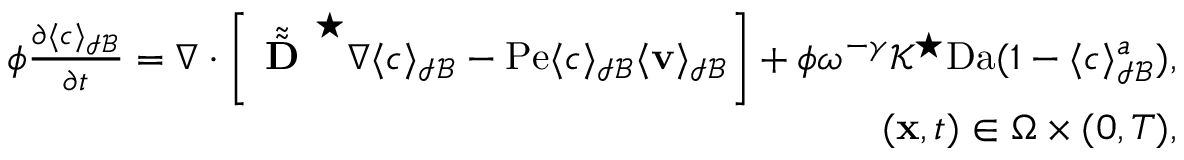
\begin{array} { r } { \phi \frac { \partial \langle c \rangle _ { \mathcal { I B } } } { \partial t } = \nabla \cdot \left[ \tilde { \tilde { \textbf { D } } } ^ { \star } \nabla \langle c \rangle _ { \mathcal { I B } } - \mathrm { P e } \langle c \rangle _ { \mathcal { I B } } \langle \mathbf v \rangle _ { \mathcal { I B } } \right] + \phi \omega ^ { - \gamma } \mathcal { K } ^ { \star } \mathrm { D a } ( 1 - \langle c \rangle _ { \mathcal { I B } } ^ { a } ) , } \\ { ( \mathbf x , t ) \in \Omega \times ( 0 , T ) , } \end{array}